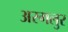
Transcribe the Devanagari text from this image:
अरगलुर